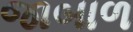
જાબાળ